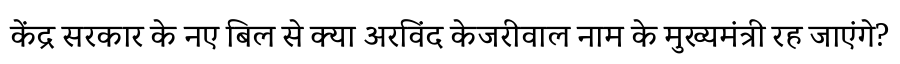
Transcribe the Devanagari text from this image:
केंद्र सरकार के नए बिल से क्या अरविंद केजरीवाल नाम के मुख्यमंत्री रह जाएंगे?